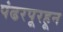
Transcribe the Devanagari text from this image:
पंढरपूरहून